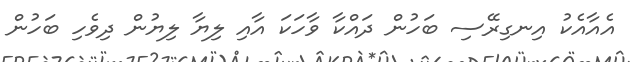
އެއާއެކު އިނގިރޭސި ބަހުން ދައްކާ ވާހަކަ އާއި ލިޔާ ލިޔުން ދިވެހި ބަހުން